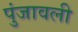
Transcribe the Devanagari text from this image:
पुंजावली